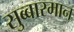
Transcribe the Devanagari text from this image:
सुब्बारमान